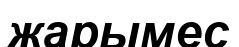
жарымес